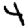
Digit: 4